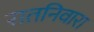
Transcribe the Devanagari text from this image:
रातनिवारा